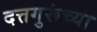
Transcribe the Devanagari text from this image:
दत्तगुरूंच्या